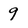
Character: 9